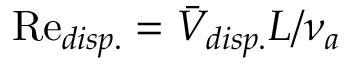
\mathrm { R e } _ { d i s p . } = \bar { V } _ { d i s p . } L / \nu _ { a }